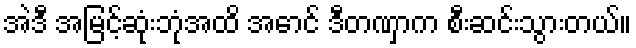
အဲဒီ အမြင့်ဆုံးဘုံအထိ အောင် ဒီတဏှာက စီးဆင်းသွားတယ်။